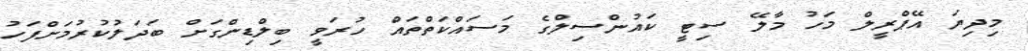
މިދިޔަ އޭޕްރީލް މަހު މާލޭ ސިޓީ ކައުންސިލްގެ މަަސައްކަތްތައް ހުރަވީ ބިލްޑިންގަށް ބަދަލުކުރުމަށްފަހު